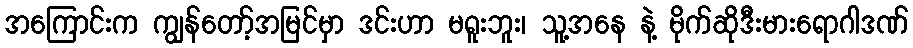
အကြောင်းက ကျွန်တော့်အမြင်မှာ ဒင်းဟာ မရူးဘူး၊ သူ့အနေ နဲ့ မိုက်ဆိုဒီးမားရောဂါဒဏ်